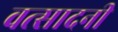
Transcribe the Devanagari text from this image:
वत्सादनी